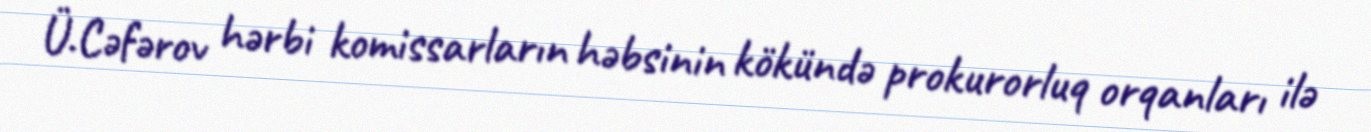
Ü.Cəfərov hərbi komissarların həbsinin kökündə prokurorluq orqanları ilə